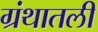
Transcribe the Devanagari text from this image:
ग्रंथातली